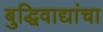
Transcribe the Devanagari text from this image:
बुद्धिवाद्यांचा